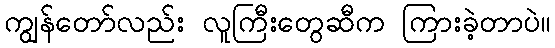
ကျွန်တော်လည်း လူကြီးတွေဆီက ကြားခဲ့တာပဲ။